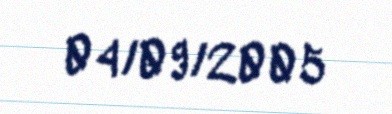
04/09/2005